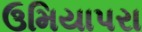
ઉમિયાપરા